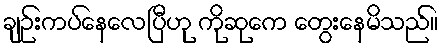
ချဉ်းကပ်နေလေပြီဟု ကိုဆုကေ တွေးနေမိသည်။